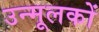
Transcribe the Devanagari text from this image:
उन्मूलकों